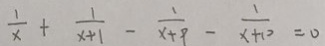
\frac { 1 } { x } + \frac { 1 } { x + 1 } - \frac { 1 } { x + 9 } - \frac { 1 } { x + 1 0 } = 0